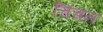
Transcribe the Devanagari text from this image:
चिंचन